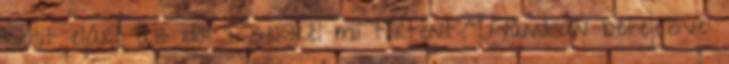
kicsit eljárt az idő: "Ezekkel mi történt?" Nándisan befejezve: